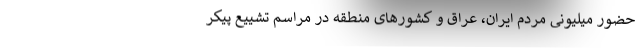
حضور میلیونی مردم ایران، عراق و کشورهای منطقه در مراسم تشییع پیکر